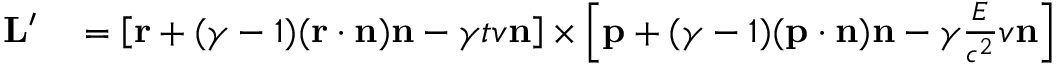
\begin{array} { r l } { \mathbf { L } ^ { \prime } } & { { } = \left[ \mathbf { r } + ( \gamma - 1 ) ( \mathbf { r } \cdot \mathbf { n } ) \mathbf { n } - \gamma t v \mathbf { n } \right] \times \left[ \mathbf { p } + ( \gamma - 1 ) ( \mathbf { p } \cdot \mathbf { n } ) \mathbf { n } - \gamma { \frac { E } { c ^ { 2 } } } v \mathbf { n } \right] } \end{array}